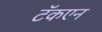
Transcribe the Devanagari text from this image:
टॅकएन